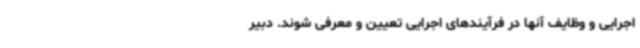
اجرایی و وظایف آنها در فرآیندهای اجرایی تعیین و معرفی شوند. دبیر